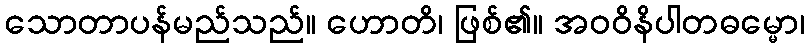
သောတာပန်မည်သည်။ ဟောတိ၊ ဖြစ်၏။ အဝဝိနိပါတဓမ္မော၊